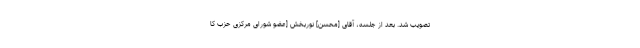
تصویب شد. بعد از جلسه، آقاى [محسن] نوربخش [عضو شورای مرکزی حزب کا